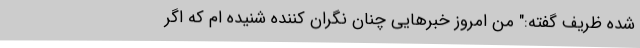
شده ظریف گفته:" من امروز خبرهایی چنان نگران کننده شنیده ام که اگر